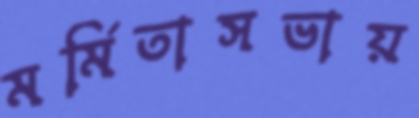
মর্মিতাসভায়